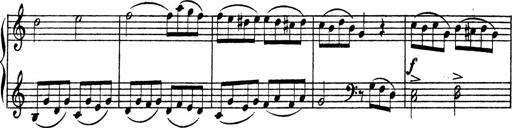
Title: Piano Sonata
Composer: Karl HÃ¤ssler
Key: C major